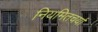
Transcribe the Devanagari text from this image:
नियमितचर्या